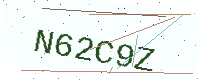
Text: N62C9Z